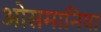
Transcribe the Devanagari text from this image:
ओसमानिया